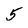
Character: 5